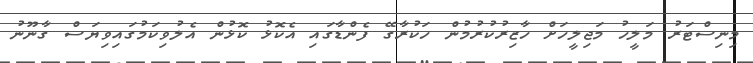
މިިނިސްޓަރު މަލީހު މަޖިލީހަށް ހާޒިރުކުރުމުން ހަކުރާގޭ ފެންޑާގައި އެކޮޅު ކޮޅުން އެލުވިކަމުގައިވިޔަސް ގާނޫނު